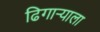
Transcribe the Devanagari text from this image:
ढिगाऱ्याला